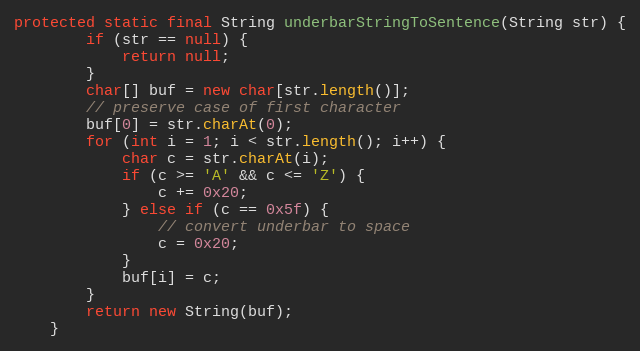
Language: Java
protected static final String underbarStringToSentence(String str) {
        if (str == null) {
            return null;
        }
        char[] buf = new char[str.length()];
        // preserve case of first character
        buf[0] = str.charAt(0);
        for (int i = 1; i < str.length(); i++) {
            char c = str.charAt(i);
            if (c >= 'A' && c <= 'Z') {
                c += 0x20;
            } else if (c == 0x5f) {
                // convert underbar to space
                c = 0x20;
            }
            buf[i] = c;
        }
        return new String(buf);
    }